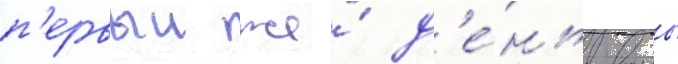
п'ервыи же́ д'е́нь воины